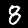
Digit: 8